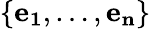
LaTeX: \{ \mathbf{e_{1}},\dots,\mathbf{e_{n}}\}